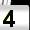
Digit: 4